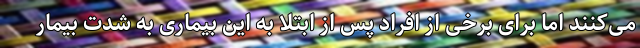
می‌کنند اما برای برخی از افراد پس از ابتلا به این بیماری به شدت بیمار